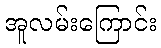
အူလမ်းကြောင်း